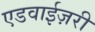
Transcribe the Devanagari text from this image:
एडवाईज़री